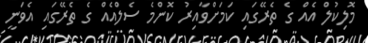
މޮލިކުލް އެއް ގެ ތެރޭގައި ކަމަށްވާއިރު ކޮންމެ ސެލްއެއް ގެ ތެރޭގައި އެވަނީ